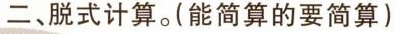
二、脱式计算。(能简算的要简算)